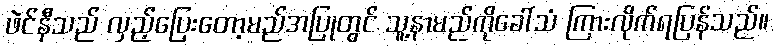
ဖဲင်နီသည် လှည့်ပြေးတော့မည်အပြုတွင် သူ့နာမည်ကိုခေါ်သံ ကြားလိုက်ရပြန်သည်။